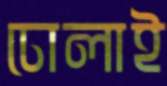
ঢোলাই